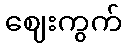
ဈေးကွက်